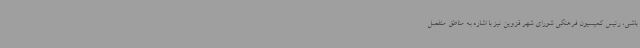
باشی، رئیس کمیسیون فرهنگی شورای شهر قزوین نیز با اشاره به مناطق منفصل